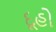
દૂહો